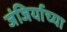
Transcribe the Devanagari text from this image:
जंजिर्याच्या